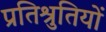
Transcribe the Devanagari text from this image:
प्रतिश्रुतियों